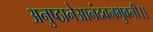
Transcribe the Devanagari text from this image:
अनुष्ठानेआनंदवनभुवनी।।